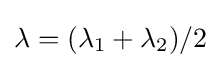
\lambda =(\lambda _{1}+\lambda _{2})/2